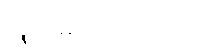
လူသိများလာပါသည်။